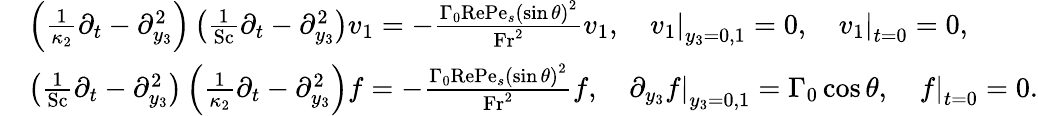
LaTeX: \begin{array}{rl}&{\left(\frac{1}{\kappa_{2}}\partial_{t}-\partial_{y_{3}}^{2}\right)\left(\frac{1}{\mathrm{Sc}}\partial_{t}-\partial_{y_{3}}^{2}\right)v_{1}=-\frac{\Gamma_{0}\mathrm{Re}\mathrm{Pe}_{s}\left(\sin\theta\right)^{2}}{\mathrm{Fr}^{2}}v_{1},\quad\left.v_{1}\right|_{y_{3}=0,1}=0,\quad\left.v_{1}\right|_{t=0}=0,}\\ &{\left(\frac{1}{\mathrm{Sc}}\partial_{t}-\partial_{y_{3}}^{2}\right)\left(\frac{1}{\kappa_{2}}\partial_{t}-\partial_{y_{3}}^{2}\right)f=-\frac{\Gamma_{0}\mathrm{Re}\mathrm{Pe}_{s}\left(\sin\theta\right)^{2}}{\mathrm{Fr}^{2}}f,\quad\left.\partial_{y_{3}}f\right|_{y_{3}=0,1}=\Gamma_{0}\cos\theta,\quad\left.f\right|_{t=0}=0.}\end{array}